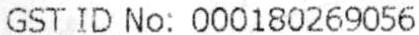
GST ID NO: 000180269056